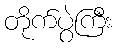
တိုက်ပွဲကြီး